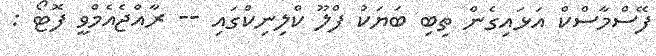
ފޭސްމާސްކް އަޅައިގެން ތިބި ބަޔަކު ފްލޫ ކްލިނިކްގައި -- ރާއްޖެއެމްވީ ފޮޓޯ :